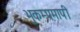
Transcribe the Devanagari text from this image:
भुकम्पमापी